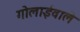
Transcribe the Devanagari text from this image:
गोलाईवाले